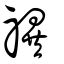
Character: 禩